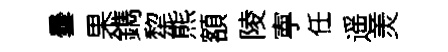
曇果鐫犂熊額陵寕任遥羙